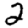
Digit: 2